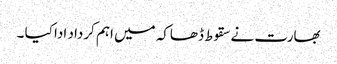
بھارت نے سقوط ڈھاکہ میں اہم کرداد ادا کیا ۔